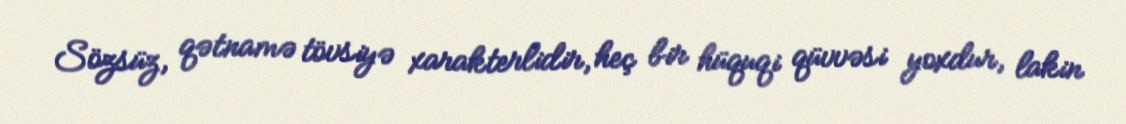
Sözsüz, qətnamə tövsiyə xarakterlidir, heç bir hüquqi qüvvəsi yoxdur, lakin